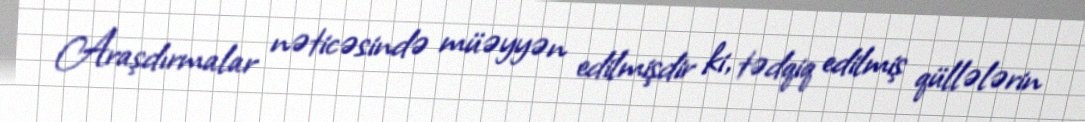
Araşdırmalar nəticəsində müəyyən edilmişdir ki, tədqiq edilmiş qüllələrin